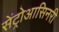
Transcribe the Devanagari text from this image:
सेंट्रोआसिनरी